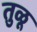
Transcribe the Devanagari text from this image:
तु़ळू